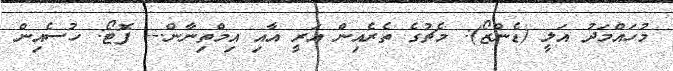
މުހައްމަދު އަލީ (ޑެންޒޯ): މެޗުގެ ތެރެއިން އަރީ އާއި އިމްތިނާން.-- ފޮޓޯ: ހުސެއިން